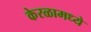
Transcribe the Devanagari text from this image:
केरळामध्ये